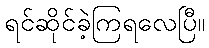
ရင်ဆိုင်ခဲ့ကြရလေပြီ။